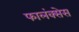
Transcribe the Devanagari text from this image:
फालंक्सेस